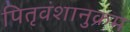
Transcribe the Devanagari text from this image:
पितृवंशानुक्रम